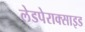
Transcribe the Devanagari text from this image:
लेडपेराक्साइड